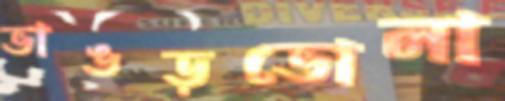
ভাঙড়ভোলা